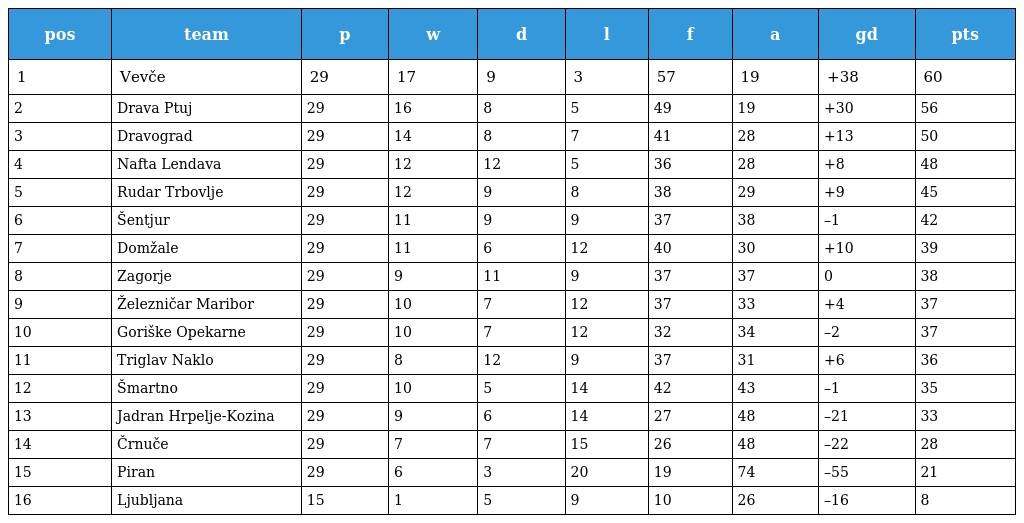
| pos | team | p | w | d | l | f | a | gd | pts |
 | --- | --- | --- | --- | --- | --- | --- | --- | --- | --- |
 | 1 | Vevče | 29 | 17 | 9 | 3 | 57 | 19 | +38 | 60 |
 | 2 | Drava Ptuj | 29 | 16 | 8 | 5 | 49 | 19 | +30 | 56 |
 | 3 | Dravograd | 29 | 14 | 8 | 7 | 41 | 28 | +13 | 50 |
 | 4 | Nafta Lendava | 29 | 12 | 12 | 5 | 36 | 28 | +8 | 48 |
 | 5 | Rudar Trbovlje | 29 | 12 | 9 | 8 | 38 | 29 | +9 | 45 |
 | 6 | Šentjur | 29 | 11 | 9 | 9 | 37 | 38 | –1 | 42 |
 | 7 | Domžale | 29 | 11 | 6 | 12 | 40 | 30 | +10 | 39 |
 | 8 | Zagorje | 29 | 9 | 11 | 9 | 37 | 37 | 0 | 38 |
 | 9 | Železničar Maribor | 29 | 10 | 7 | 12 | 37 | 33 | +4 | 37 |
 | 10 | Goriške Opekarne | 29 | 10 | 7 | 12 | 32 | 34 | –2 | 37 |
 | 11 | Triglav Naklo | 29 | 8 | 12 | 9 | 37 | 31 | +6 | 36 |
 | 12 | Šmartno | 29 | 10 | 5 | 14 | 42 | 43 | –1 | 35 |
 | 13 | Jadran Hrpelje-Kozina | 29 | 9 | 6 | 14 | 27 | 48 | –21 | 33 |
 | 14 | Črnuče | 29 | 7 | 7 | 15 | 26 | 48 | –22 | 28 |
 | 15 | Piran | 29 | 6 | 3 | 20 | 19 | 74 | –55 | 21 |
 | 16 | Ljubljana | 15 | 1 | 5 | 9 | 10 | 26 | –16 | 8 |